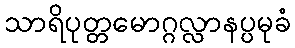
သာရိပုတ္တမောဂ္ဂလ္လာနပ္ပမုခံ